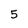
Character: 5